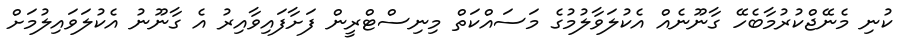
ކުނި މެނޭޖްކުރުމާބެހޭ ގާނޫނެއް އެކުލަވާލުމުގެ މަސައްކަތް މިނިސްޓްރީން ފަށާފައިވާއިރު އެ ގާނޫނު އެކުލަވައިލުމަށް